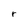
Character: r